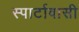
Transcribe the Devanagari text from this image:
स्पार्टावासी